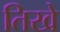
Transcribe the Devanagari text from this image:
तिखे